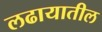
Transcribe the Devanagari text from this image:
लढायातील